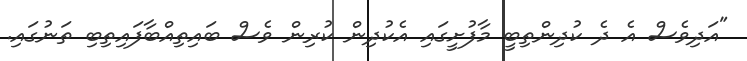
"އަދިވެސް އެ ދެ ކުދިންތިބީ މާފުށީގައި އެކުދިން ކުރިން ވެސް ބައިތިއްބާފައިތިބި ތަނުގައި.